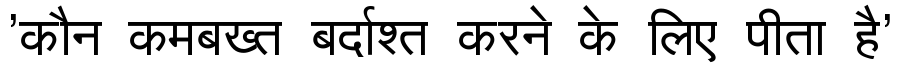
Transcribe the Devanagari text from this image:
'कौन कमबख्त बर्दाश्त करने के लिए पीता है'